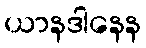
ယာနဒါနေန